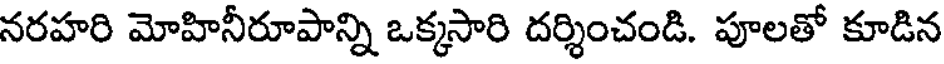
నరహరి మోహినీరూపాన్ని ఒక్కసారి దర్శించండి. పూలతో కూడిన